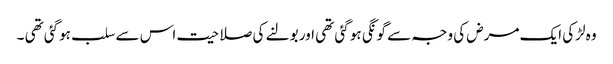
وہ لڑکی ایک مرض کی وجہ سے گونگی ہو گئی تھی اور بولنے کی صلاحیت اس سے سلب ہوگئی تھی ۔